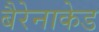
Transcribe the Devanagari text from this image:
बैरेनाकेड